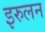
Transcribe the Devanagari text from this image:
इरुलन